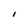
Character: I